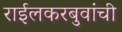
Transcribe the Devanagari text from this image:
राईलकरबुवांची